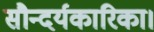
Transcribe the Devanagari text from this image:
सौन्दर्यकारिका।